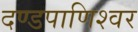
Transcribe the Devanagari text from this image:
दण्‍डपाणिश्‍वर